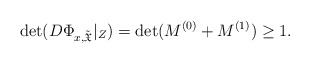
\begin{align*}\det(D\Phi_{x,\tilde{\mathfrak{X}}}|_{Z})=\det(M^{(0)}+M^{(1)})\ge 1.\end{align*}